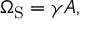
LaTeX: \Omega _ { \mathrm { { S } } } = \gamma A ,